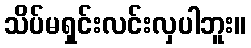
သိပ်မရှင်းလင်းလှပါဘူး။